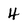
Character: 4